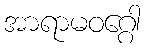
အာရာမဝဂ္ဂေါ